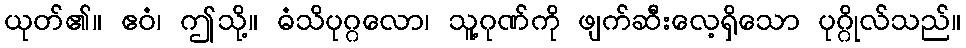
ယုတ်၏။ ဧဝံ၊ ဤသို့။ ဓံသိပုဂ္ဂလော၊ သူ့ဂုဏ်ကို ဖျက်ဆီးလေ့ရှိသော ပုဂ္ဂိုလ်သည်။